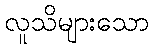
လူသိများသော